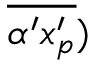
\overline { { \alpha ^ { \prime } x _ { p } ^ { \prime } } } )